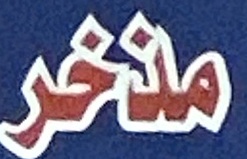
مذخر